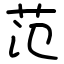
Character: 范